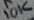
Text: 10K